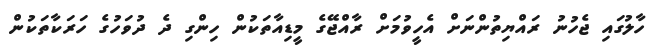
ހާލުގައި ޖެހުނު ރައްޔިތުންނަށް އެހީވުމަށް ރާއްޖޭގެ މީޑިއާތަކުން ހިންގި ދެ ދުވަހުގެ ހަރަކާތަކުން